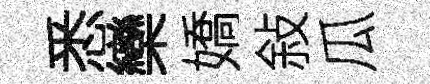
悉欒嬌敍瓜